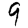
Digit: 9